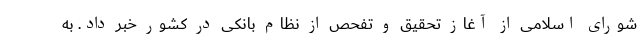
شورای اسلامی از آغاز تحقیق و تفحص از نظام بانکی در کشور خبر داد. به